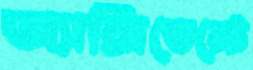
অ্যাক্সিডেন্টে